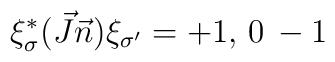
\xi^*_\sigma (\vec J \vec n) \xi_{\sigma^\prime} = +1,\, 0\, -1